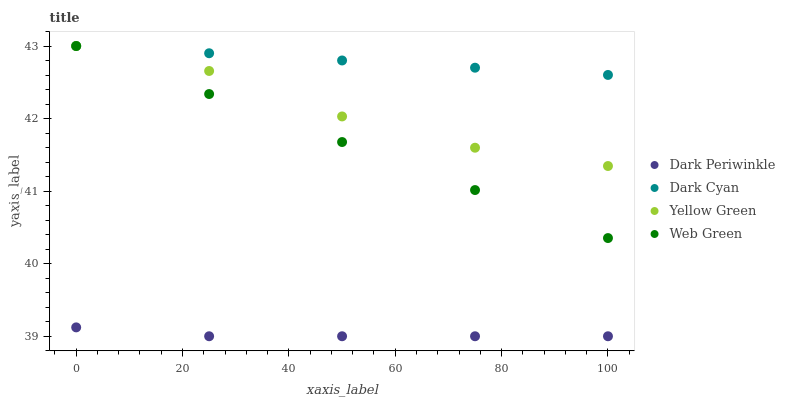
| xaxis_label | Dark Periwinkle | Dark Cyan | Yellow Green | Web Green |
 | --- | --- | --- | --- | --- |
 | 0 | 39.1 | 43 | 43 | 43 |
 | 25 | 39 | 42.9 | 42.7 | 42.3 |
 | 50 | 39 | 42.8 | 42 | 41.7 |
 | 75 | 39 | 42.7 | 41.6 | 41 |
 | 100 | 39 | 42.6 | 41.3 | 40.4 |